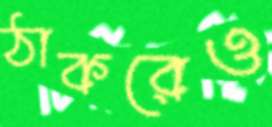
ঠাকরেও